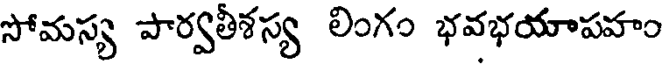
సోమస్య పార్వతీశస్య లింగం భవభయాపహం